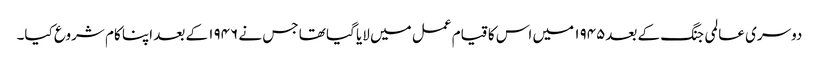
دوسری عالمی جنگ کے بعد۱۹۴۵ میں اس کا قیام عمل میں لایا گیا تھا جس نے ۱۹۴۶ کے بعد اپنا کام شروع کیا۔